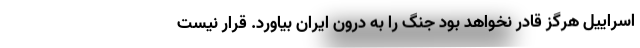
اسراییل هرگز قادر نخواهد بود جنگ را به درون ایران بیاورد. قرار نیست